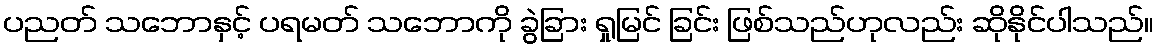
ပညတ် သဘောနှင့် ပရမတ် သဘောကို ခွဲခြား ရှုမြင် ခြင်း ဖြစ်သည်ဟုလည်း ဆိုနိုင်ပါသည်။